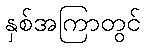
နှစ်အကြာတွင်